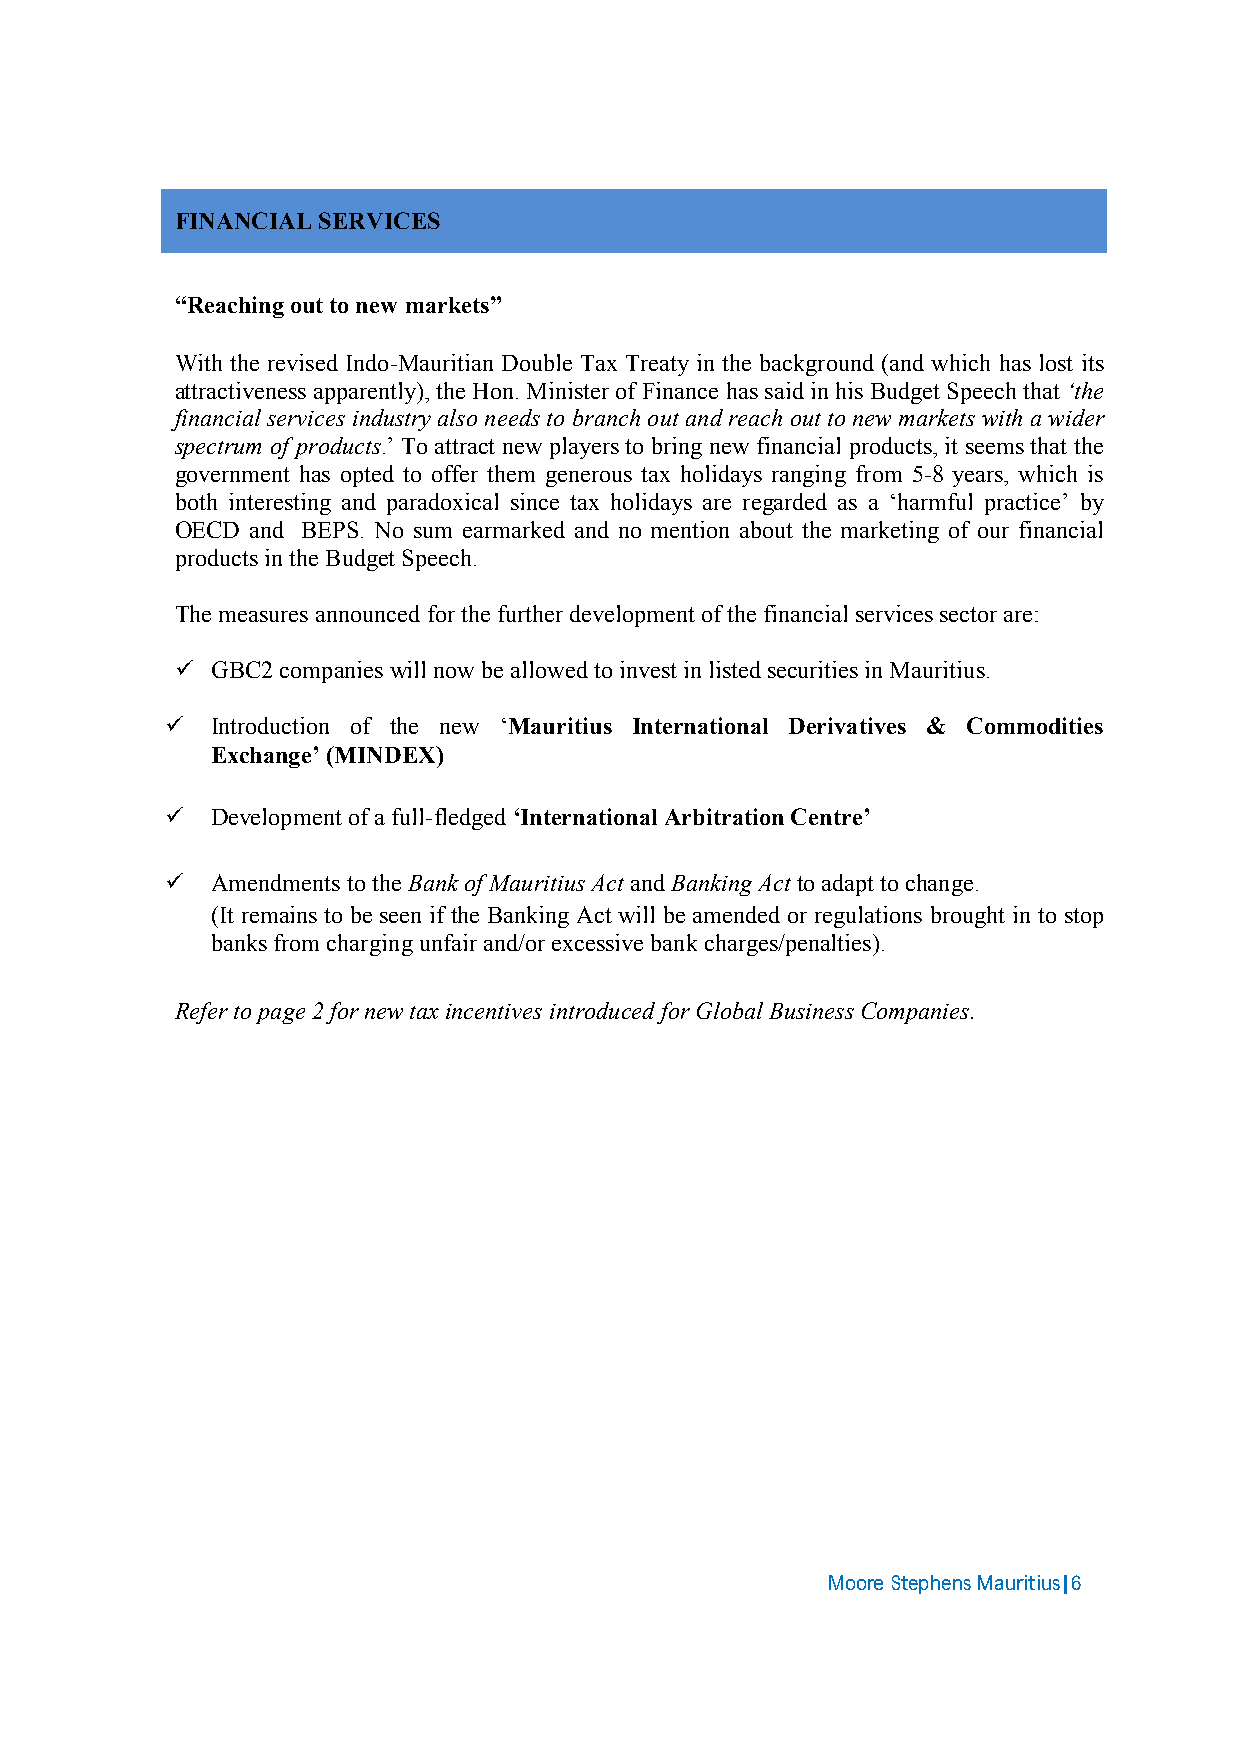
FINANCIAL SERVICES
 “Reaching out to new markets”
 With the revised Indo-Mauritian Double Tax Treaty in the background (and which has lost its
 attractiveness apparently), the Hon. Minister of Finance has said in his Budget Speech that ‘the
 financial services industry also needs to branch out and reach out to new markets with a wider
 spectrum of products.’ To attract new players to bring new financial products, it seems that the
 government has opted to offer them generous tax holidays ranging from 5-8 years, which is
 both interesting and paradoxical since tax holidays are regarded as a ‘harmful practice’ by
 OECD and BEPS. No sum earmarked and no mention about the marketing of our financial
 products in the Budget Speech.
 The measures announced for the further development of the financial services sector are:
  GBC2 companies will now be allowed to invest in listed securities in Mauritius.
   Introduction of the new ‘Mauritius International Derivatives & Commodities
 Exchange’ (MINDEX)
   Development of a full-fledged ‘International Arbitration Centre’
   Amendments to the Bank of Mauritius Act and Banking Act to adapt to change.
 (It remains to be seen if the Banking Act will be amended or regulations brought in to stop
 banks from charging unfair and/or excessive bank charges/penalties).
 Refer to page 2 for new tax incentives introduced for Global Business Companies.
 Moore Stephens Mauritius|6